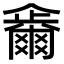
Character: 𠑂